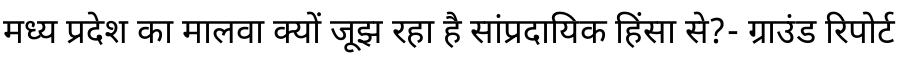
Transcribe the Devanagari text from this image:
मध्य प्रदेश का मालवा क्यों जूझ रहा है सांप्रदायिक हिंसा से?- ग्राउंड रिपोर्ट